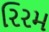
રિરમ